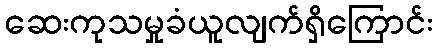
ဆေးကုသမှုခံယူလျက်ရှိကြောင်း